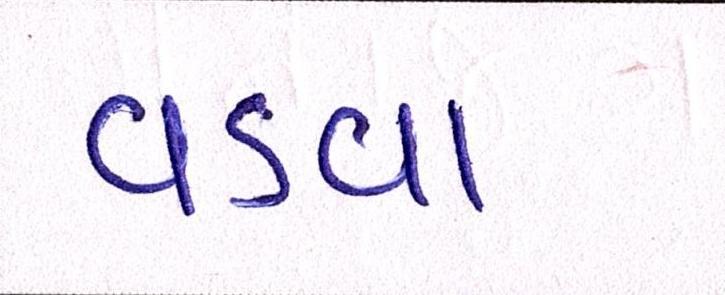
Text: વડવા